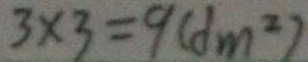
3 \times 3 = 9 ( d m ^ { 2 } )